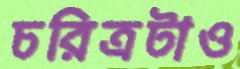
চরিত্রটাও